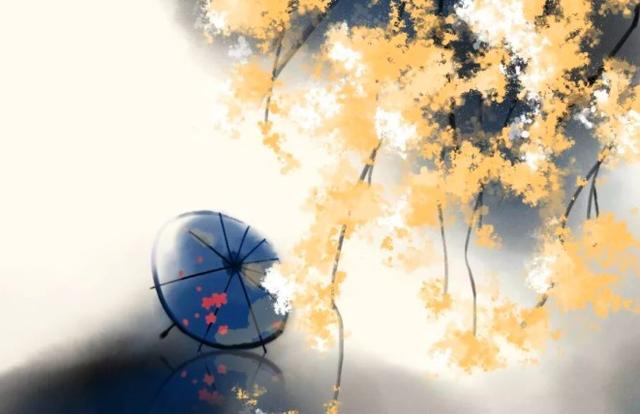
记得那年花下，深夜，初识谢娘时。